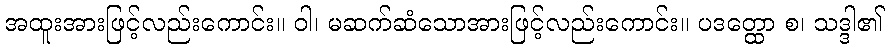
အထူးအားဖြင့်လည်းကောင်း။ ဝါ၊ မဆက်ဆံသောအားဖြင့်လည်းကောင်း။ ပဒတ္ထော စ၊ သဒ္ဒါ၏